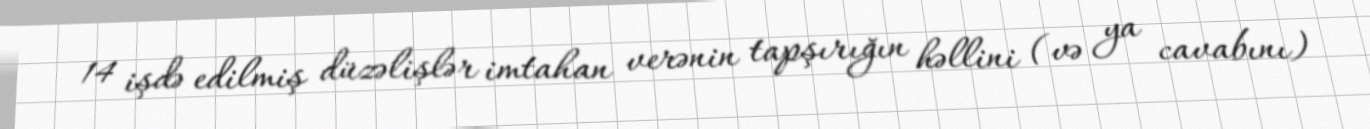
14 işdə edilmiş düzəlişlər imtahan verənin tapşırığın həllini (və ya cavabını)